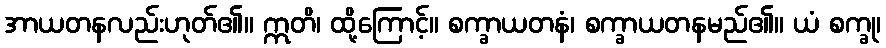
အာယတနလည်းဟုတ်၏။ ဣတိ၊ ထို့ကြောင့်။ စက္ခာယတနံ၊ စက္ခာယတနမည်၏။ ယံ စက္ခု၊